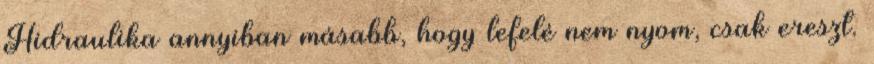
Hidraulika annyiban másabb, hogy lefelé nem nyom, csak ereszt.